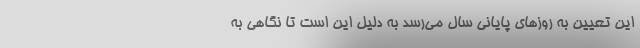
این تعیین به روزهای پایانی سال می‌رسد به دلیل این است تا نگاهی به